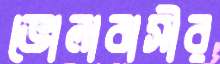
ভোলাবাসীর